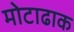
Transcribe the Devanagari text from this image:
मोटाढाक